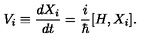
V _ { i } \equiv \frac { d X _ { i } } { d t } = \frac { i } { \hbar } { [ } H , X _ { i } { ] } .